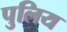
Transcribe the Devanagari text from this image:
पुलिय